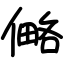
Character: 㑼